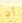
أن